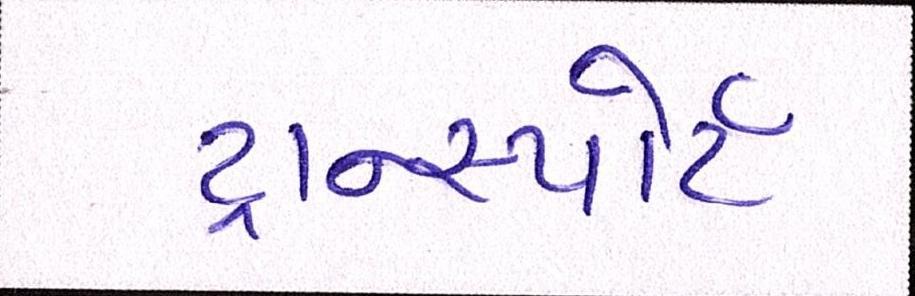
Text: ટ્રાન્સ્પોર્ટ